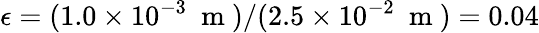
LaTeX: \epsilon=(1.0\times 10^{-3}~\mathrm{~m~})/(2.5\times 10^{-2}~\mathrm{~m~})=0.04